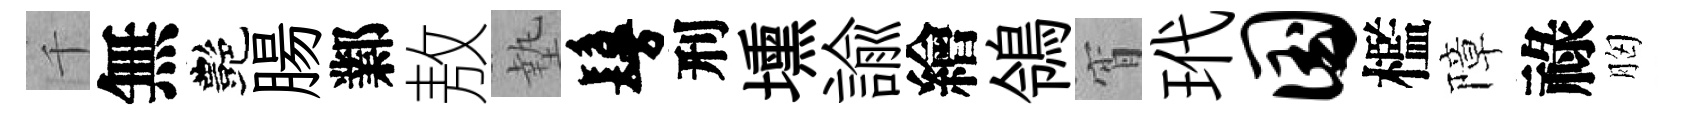
千無艷腸鄴敖墊鬘刑壎諭繪鴒宵玳国檻障祿胸